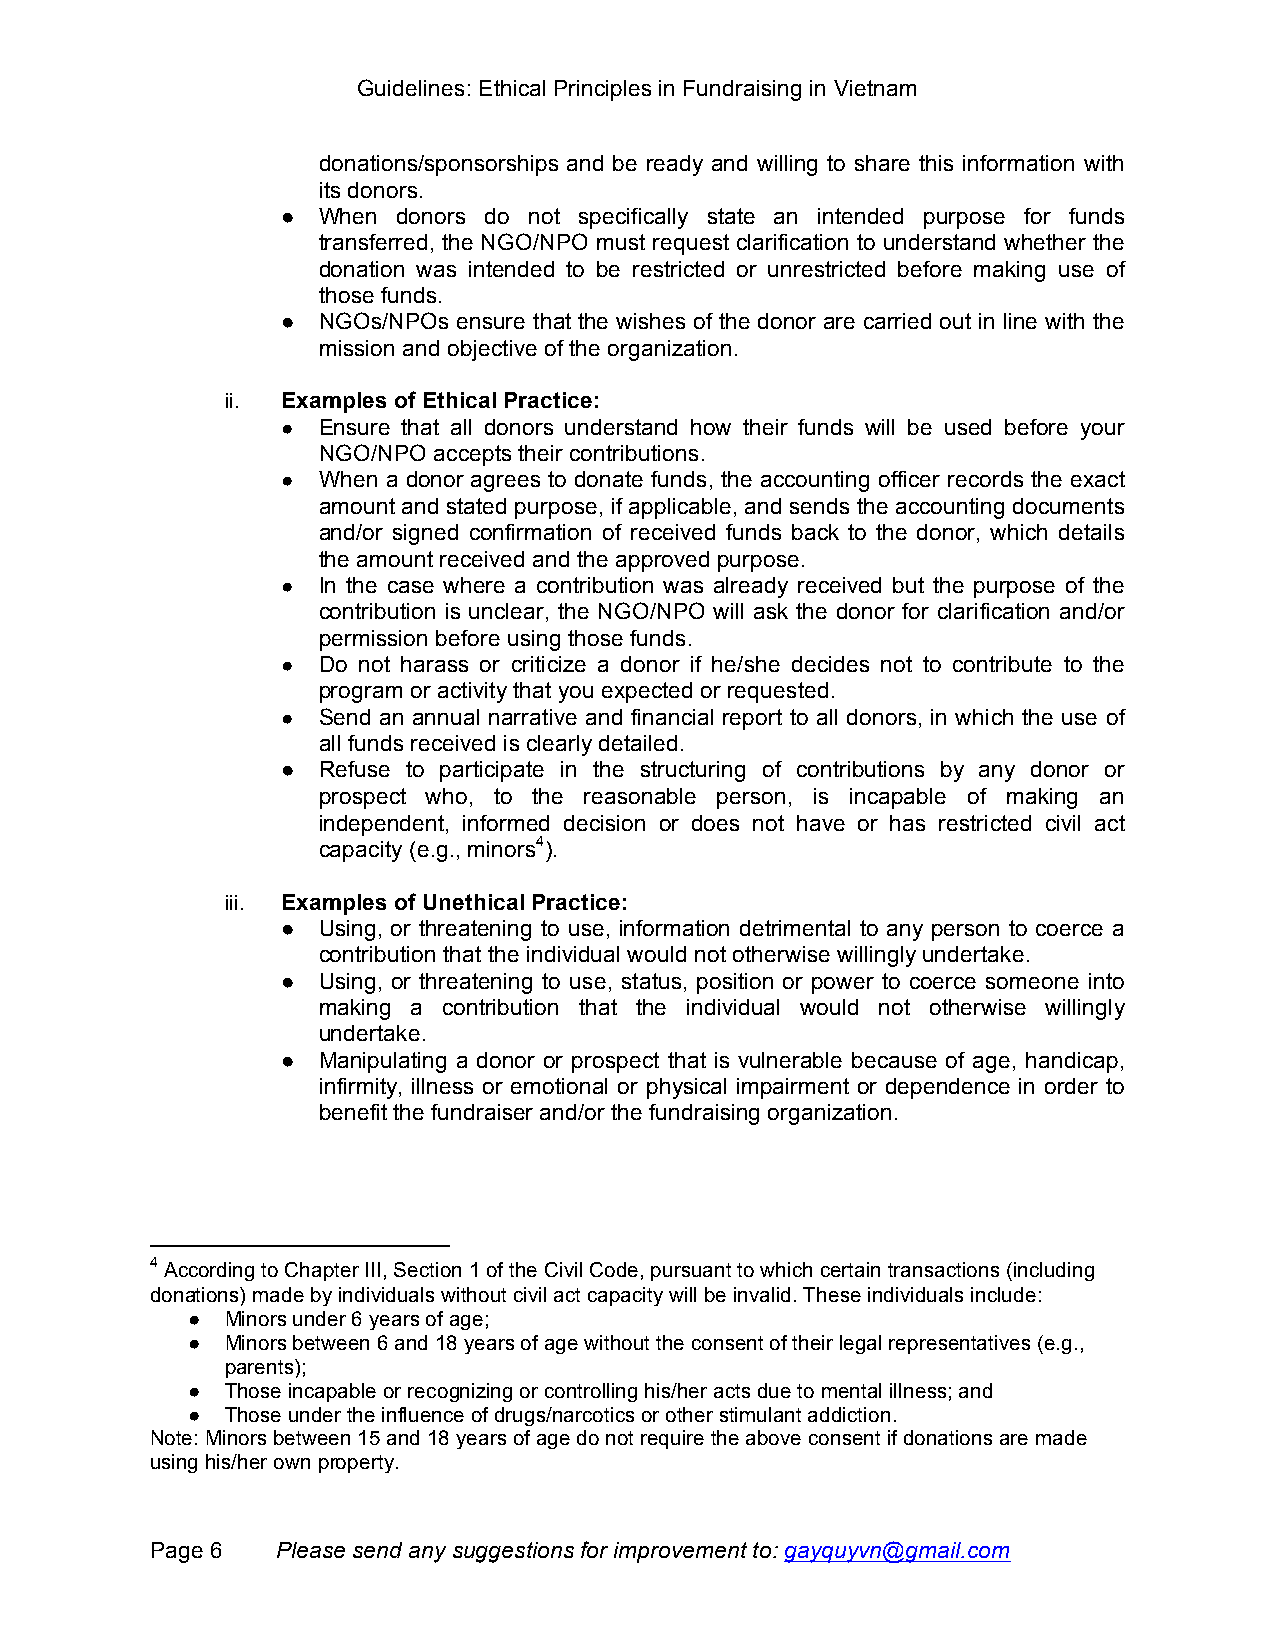
Guidelines: Ethical Principles in Fundraising in Vietnam
 donations/sponsorships and be ready and willing to share this information with
 its donors.
 ● When donors do not specifically state an intended purpose for funds
 transferred, the NGO/NPO must request clarification to understand whether the
 donation was intended to be restricted or unrestricted before making use of
 those funds.
 ● NGOs/NPOs ensure that the wishes of the donor are carried out in line with the
 mission and objective of the organization.
 ii. Examples of Ethical Practice:
 ● Ensure that all donors understand how their funds will be used before your
 NGO/NPO accepts their contributions.
 ● When a donor agrees to donate funds, the accounting officer records the exact
 amount and stated purpose, if applicable, and sends the accounting documents
 and/or signed confirmation of received funds back to the donor, which details
 the amount received and the approved purpose.
 ● In the case where a contribution was already received but the purpose of the
 contribution is unclear, the NGO/NPO will ask the donor for clarification and/or
 permission before using those funds.
 ● Do not harass or criticize a donor if he/she decides not to contribute to the
 program or activity that you expected or requested.
 ● Send an annual narrative and financial report to all donors, in which the use of
 all funds received is clearly detailed.
 ● Refuse to participate in the structuring of contributions by any donor or
 prospect who, to the reasonable person, is incapable of making an
 independent, informed decision or does not have or has restricted civil act
 capacity (e.g., minors4).
 iii. Examples of Unethical Practice:
 ● Using, or threatening to use, information detrimental to any person to coerce a
 contribution that the individual would not otherwise willingly undertake.
 ● Using, or threatening to use, status, position or power to coerce someone into
 making a contribution that the individual would not otherwise willingly
 undertake.
 ● Manipulating a donor or prospect that is vulnerable because of age, handicap,
 infirmity, illness or emotional or physical impairment or dependence in order to
 benefit the fundraiser and/or the fundraising organization.
 4 According to Chapter III, Section 1 of the Civil Code, pursuant to which certain transactions (including
 donations) made by individuals without civil act capacity will be invalid. These individuals include:
 ●  Minors under 6 years of age;
 ●  Minors between 6 and 18 years of age without the consent of their legal representatives (e.g.,
 parents);
 ●  Those incapable or recognizing or controlling his/her acts due to mental illness; and
 ●  Those under the influence of drugs/narcotics or other stimulant addiction.
 Note: Minors between 15 and 18 years of age do not require the above consent if donations are made
 using his/her own property.
 Page 6  Please send any suggestions for improvement to: gayquyvn@gmail.com